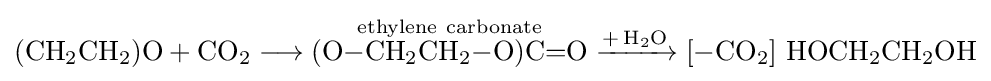
{(\mathrm {CH} {\vphantom {A}}_{\smash[{t}]{2}}\mathrm {CH} {\vphantom {A}}_{\smash[{t}]{2}})\mathrm {O} {}+{}\mathrm {CO} {\vphantom {A}}_{\smash[{t}]{2}}{}\mathrel {\longrightarrow } {}{\overset {\mathrm {ethylene} \ \mathrm {carbonate} }{(\mathrm {O} {-}\mathrm {CH} {\vphantom {A}}_{\smash[{t}]{2}}\mathrm {CH} {\vphantom {A}}_{\smash[{t}]{2}}{-}\mathrm {O} )\mathrm {C} {=}\mathrm {O} }}{}\mathrel {\xrightarrow {{+}\,\mathrm {H} {\vphantom {A}}_{\smash[{t}]{2}}\mathrm {O} } } {}[{-}\mathrm {CO} {\vphantom {A}}_{\smash[{t}]{2}}]~\mathrm {HOCH} {\vphantom {A}}_{\smash[{t}]{2}}\mathrm {CH} {\vphantom {A}}_{\smash[{t}]{2}}\mathrm {OH} }